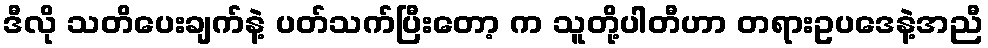
ဒီလို သတိပေးချက်နဲ့ ပတ်သက်ပြီးတော့ က သူတို့ပါတီဟာ တရားဥပဒေနဲ့အညီ